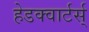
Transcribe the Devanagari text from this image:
हेडक्वार्टर्स्